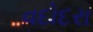
વદોદરા